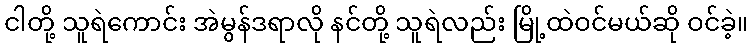
ငါတို့ သူရဲကောင်း အဲမွန်ဒရာလို နင်တို့ သူရဲလည်း မြို့ထဲဝင်မယ်ဆို ဝင်ခဲ့။